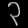
Digit: ၃